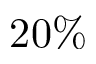
2 0 \%